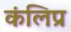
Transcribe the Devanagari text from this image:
कंलिप्र